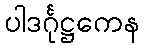
ပါဒင်္ဂုဋ္ဌကေန